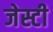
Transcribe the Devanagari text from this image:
जेस्टी